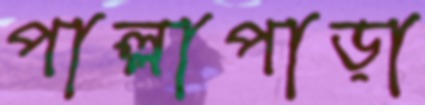
পাল্লাপাড়া